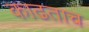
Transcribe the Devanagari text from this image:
काढताच